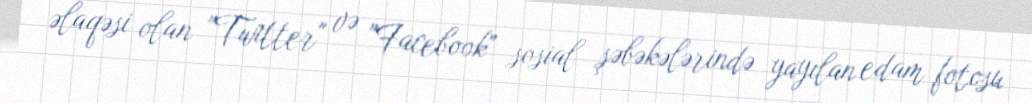
əlaqəsi olan "Twitter" və "Facebook" sosial şəbəkələrində yayılan edam fotosu